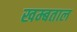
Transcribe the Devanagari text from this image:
खम्बताल